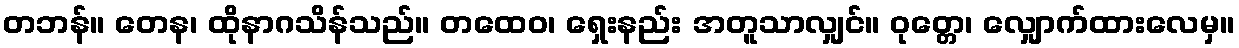
တဘန်။ တေန၊ ထိုနာဂသိန်သည်။ တထေဝ၊ ရှေးနည်း အတူသာလျှင်။ ဝုတ္တေ၊ လျှောက်ထားလေမှ။